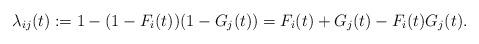
LaTeX: \begin{align*}\lambda_{ij}(t) := 1 - (1 - F_i(t))(1 - G_j(t)) = F_i(t) + G_j(t) - F_i(t)G_j(t).\end{align*}